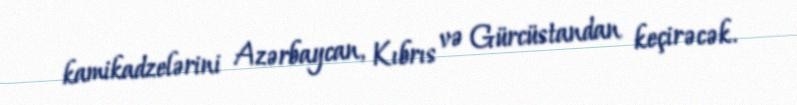
kamikadzelərini Azərbaycan, Kıbrıs və Gürcüstandan keçirəcək.